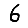
Digit: 6